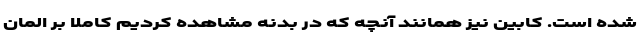
شده است. کابین نیز همانند آنچه که در بدنه مشاهده کردیم کاملا بر المان